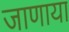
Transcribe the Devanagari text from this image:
जाणाया